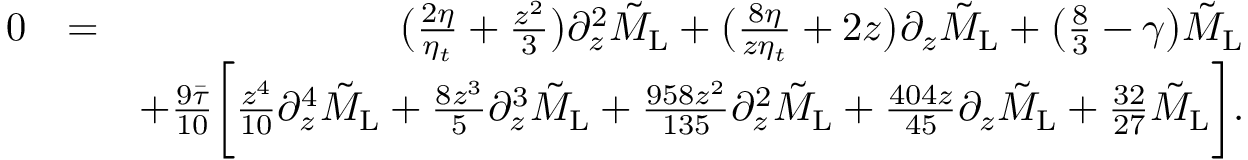
\begin{array} { r l r } { 0 } & { = } & { \bigl ( \frac { 2 \eta } { \eta _ { t } } + \frac { z ^ { 2 } } { 3 } \bigl ) \partial _ { z } ^ { 2 } \tilde { M } _ { \mathrm { L } } + \bigl ( \frac { 8 \eta } { z \eta _ { t } } + 2 z \bigl ) \partial _ { z } \tilde { M } _ { \mathrm { L } } + \bigl ( \frac { 8 } { 3 } - \gamma \bigl ) \tilde { M } _ { \mathrm { L } } } \\ & { } & { + \frac { 9 \Bar { \tau } } { 1 0 } \bigg [ \frac { z ^ { 4 } } { 1 0 } \partial _ { z } ^ { 4 } \tilde { M } _ { \mathrm { L } } + \frac { 8 z ^ { 3 } } { 5 } \partial _ { z } ^ { 3 } \tilde { M } _ { \mathrm { L } } + \frac { 9 5 8 z ^ { 2 } } { 1 3 5 } \partial _ { z } ^ { 2 } \tilde { M } _ { \mathrm { L } } + \frac { 4 0 4 z } { 4 5 } \partial _ { z } \tilde { M } _ { \mathrm { L } } + \frac { 3 2 } { 2 7 } \tilde { M } _ { \mathrm { L } } \bigg ] . } \end{array}